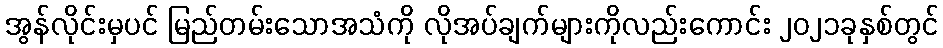
အွန်လိုင်းမှပင် မြည်တမ်းသောအသံကို လိုအပ်ချက်များကိုလည်းကောင်း ၂၀၂၁ခုနှစ်တွင်